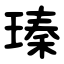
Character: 瑧